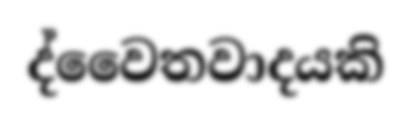
ද්වෛතවාදයකි